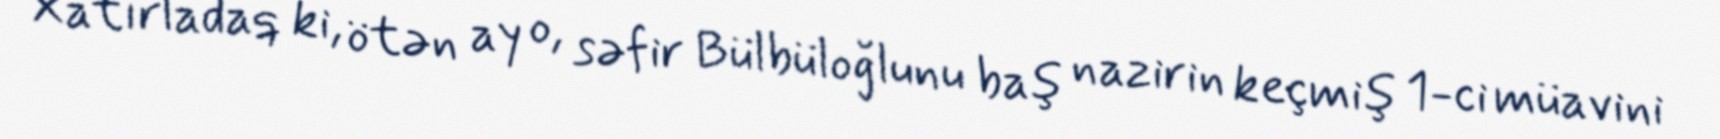
Xatırladaq ki, ötən ay o, səfir Bülbüloğlunu baş nazirin keçmiş 1-ci müavini